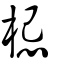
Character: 梞